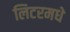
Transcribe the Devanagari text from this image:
लिटरमधे